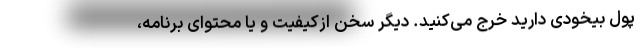
پول بیخودی دارید خرج می‌کنید. دیگر سخن ازکیفیت و یا محتوای برنامه،